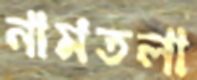
নামতলা